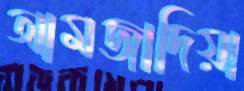
আমজাদিয়া